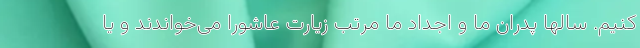
کنیم. سالها پدران ما و اجداد ما مرتب زیارت عاشورا می‌خواندند و یا